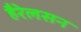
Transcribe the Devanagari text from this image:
हैरेलसन